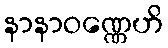
နာနာဝဏ္ဏေဟိ